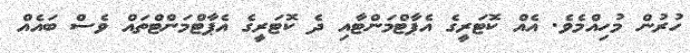
ހުރުން މުހިއްމެވެ. އެއް ކޮޓަރީގެ އެޕާޓްމަންޓާއި ދެ ކޮޓަރީގެ އެޕާޓްމަންޓްތައް ވެސް ބައެއް